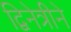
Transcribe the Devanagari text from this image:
द्विनेत्रीने